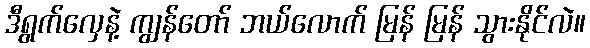
ဒီရွက်လှေနဲ့ ကျွန်တော် ဘယ်လောက် မြန် မြန် သွားနိုင်လဲ။